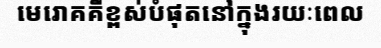
មេរោគគឺខ្ពស់បំផុតនៅក្នុងរយៈពេល